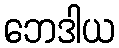
ဘေဒါယ